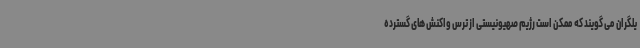
یلگران می گویند که ممکن است رژیم صهیونیستی از ترس واکنش های گسترده